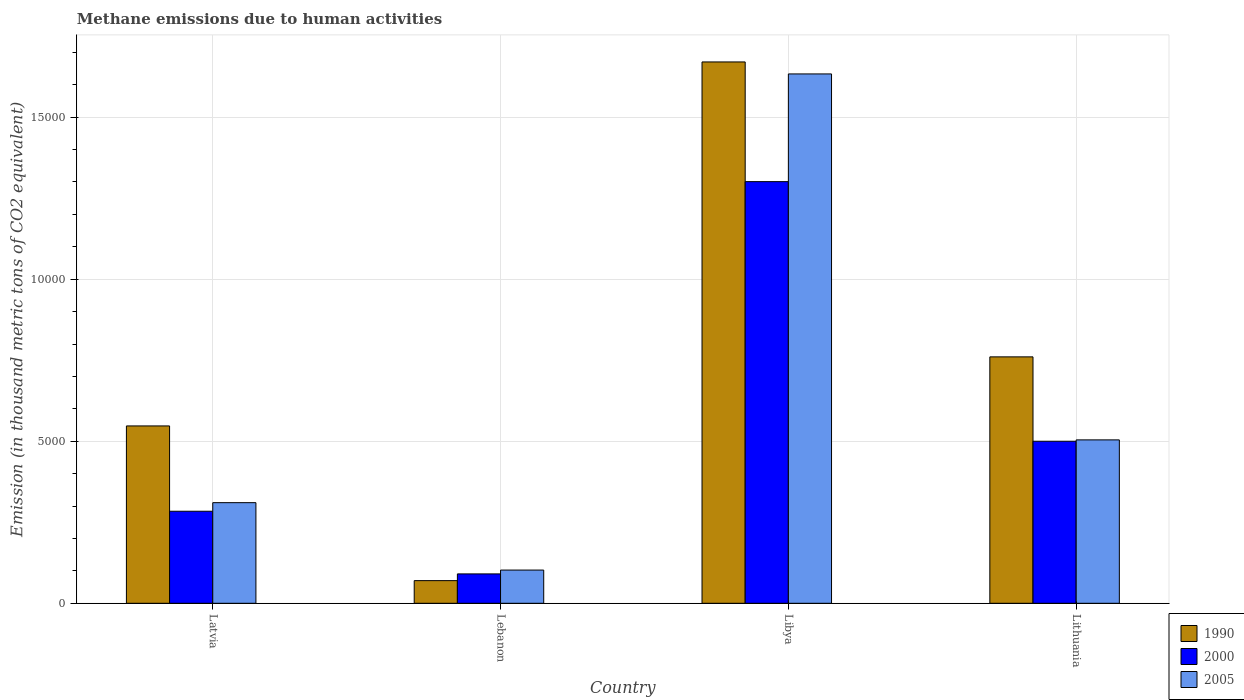
| Country | 1990 | 2000 | 2005 |
 | --- | --- | --- | --- |
 | Latvia | 5.47e+03 | 2.84e+03 | 3.10e+03 |
 | Lebanon | 699 | 907 | 1.02e+03 |
 | Libya | 1.67e+04 | 1.3e+04 | 1.63e+04 |
 | Lithuania | 7.6e+03 | 5e+03 | 5.04e+03 |